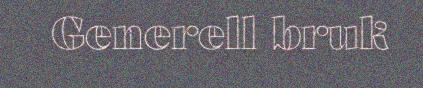
Generell bruk